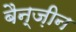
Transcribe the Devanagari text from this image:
बैन्ज़ीन